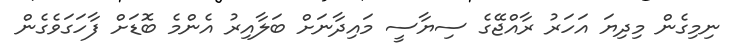
ނިމިގެން މިދިޔަ އަހަރު ރާއްޖޭގެ ސިޔާސީ މައިދާނަށް ބަލާއިރު އެންމެ ބޮޑަށް ފާހަގަވެގެން